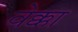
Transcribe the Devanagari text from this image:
वेक्का